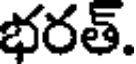
భరత్.